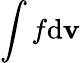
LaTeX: \int f\mathrm{d}{\mathbf v}